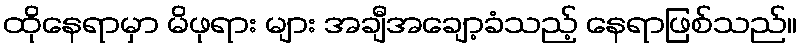
ထိုနေရာမှာ မိဖုရား များ အချီအချော့ခံသည့် နေရာဖြစ်သည်။